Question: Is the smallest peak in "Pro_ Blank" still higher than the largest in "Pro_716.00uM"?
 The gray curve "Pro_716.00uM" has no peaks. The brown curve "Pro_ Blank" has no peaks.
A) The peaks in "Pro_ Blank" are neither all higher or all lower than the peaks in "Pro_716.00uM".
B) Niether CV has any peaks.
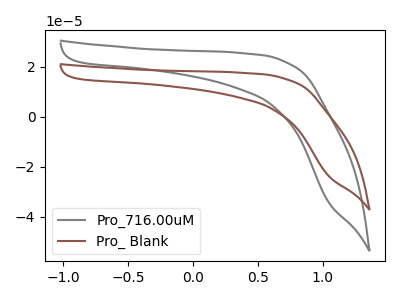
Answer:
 <answer>B) Niether CV has any peaks.</answer>
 <eval>B</eval>